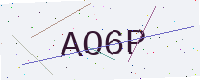
Text: AO6P